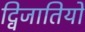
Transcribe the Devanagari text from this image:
द्विजातियों